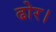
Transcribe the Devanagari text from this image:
ढोर।